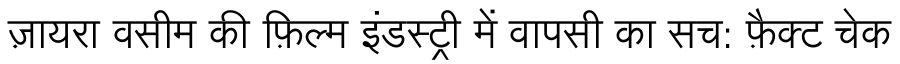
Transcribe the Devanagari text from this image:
ज़ायरा वसीम की फ़िल्म इंडस्ट्री में वापसी का सच: फ़ैक्ट चेक